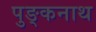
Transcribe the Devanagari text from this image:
पुङ्कनाथ